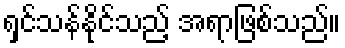
ရှင်သန်နိုင်သည့် အရာဖြစ်သည်။